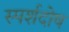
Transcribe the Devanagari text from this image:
स्पर्शदोष